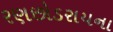
રણછોડરાયના